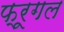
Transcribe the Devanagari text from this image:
फ्रूगल